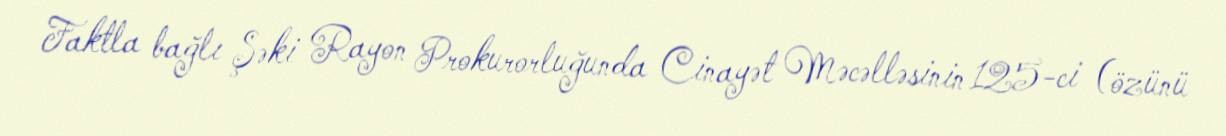
Faktla bağlı Şəki Rayon Prokurorluğunda Cinayət Məcəlləsinin 125-ci (özünü